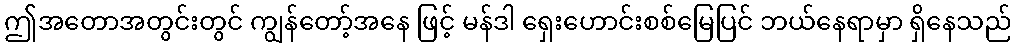
ဤအတောအတွင်းတွင် ကျွန်တော့်အနေ ဖြင့် မန်ဒါ ရှေးဟောင်းစစ်မြေပြင် ဘယ်နေရာမှာ ရှိနေသည်